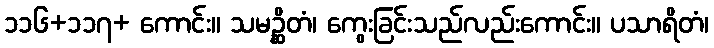
၁၁၆+၁၁၇+ ကောင်း။ သမဉ္ဆိတံ၊ ကွေးခြင်းသည်လည်းကောင်း။ ပသာရိတံ၊